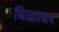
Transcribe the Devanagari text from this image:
बिळावर